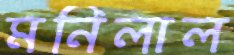
মনিলাল